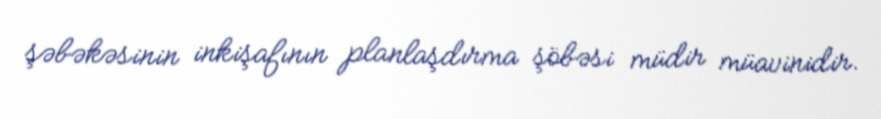
şəbəkəsinin inkişafının planlaşdırma şöbəsi müdir müavinidir.